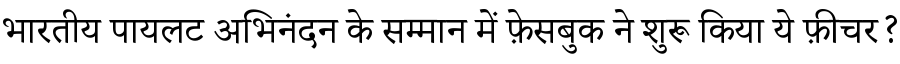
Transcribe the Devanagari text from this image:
भारतीय पायलट अभिनंदन के सम्मान में फ़ेसबुक ने शुरू किया ये फ़ीचर?